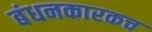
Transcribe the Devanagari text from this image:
बंधनकारकच